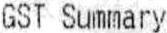
GST SUMMARY